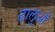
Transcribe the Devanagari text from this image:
ढालुआँ